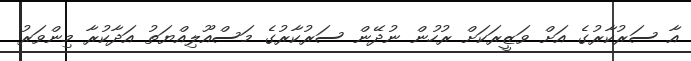
އާ ސަރުކާރުގެ އަށް ވަޒީރަކަށް ރުހުން ނުދޭން ސަރުކާރުގެ މަސްއޫލިއްޔަތު އަދާކުރާ މިންވަރު